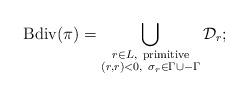
LaTeX: \begin{align*}{\rm Bdiv}(\pi) = \bigcup_{\substack{r \in L,\ \textrm{primitive} \\ (r,r) < 0,\ \sigma_r \in \Gamma \cup -\Gamma}}\mathcal D_r;\end{align*}